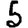
Digit: 5